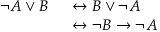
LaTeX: \begin{array} { r l } { \neg A \lor B \, } & { { } \, \leftrightarrow B \lor \neg A } \\ { \, } & { { } \, \leftrightarrow \neg B \to \neg A } \end{array}